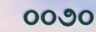
૦૦૭૦